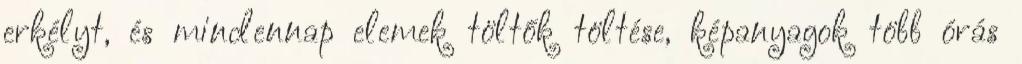
erkélyt, és mindennap elemek töltők töltése, képanyagok több órás